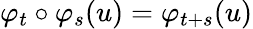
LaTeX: \varphi_{t}\circ\varphi_{s}(u)=\varphi_{t+s}(u)